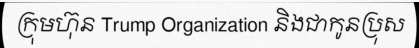
ក្រុមហ៊ុន Trump Organization និងជាកូនប្រុស